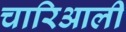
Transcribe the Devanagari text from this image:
चारिआली